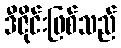
ဒီဇိုင်းဖြစ်သည်